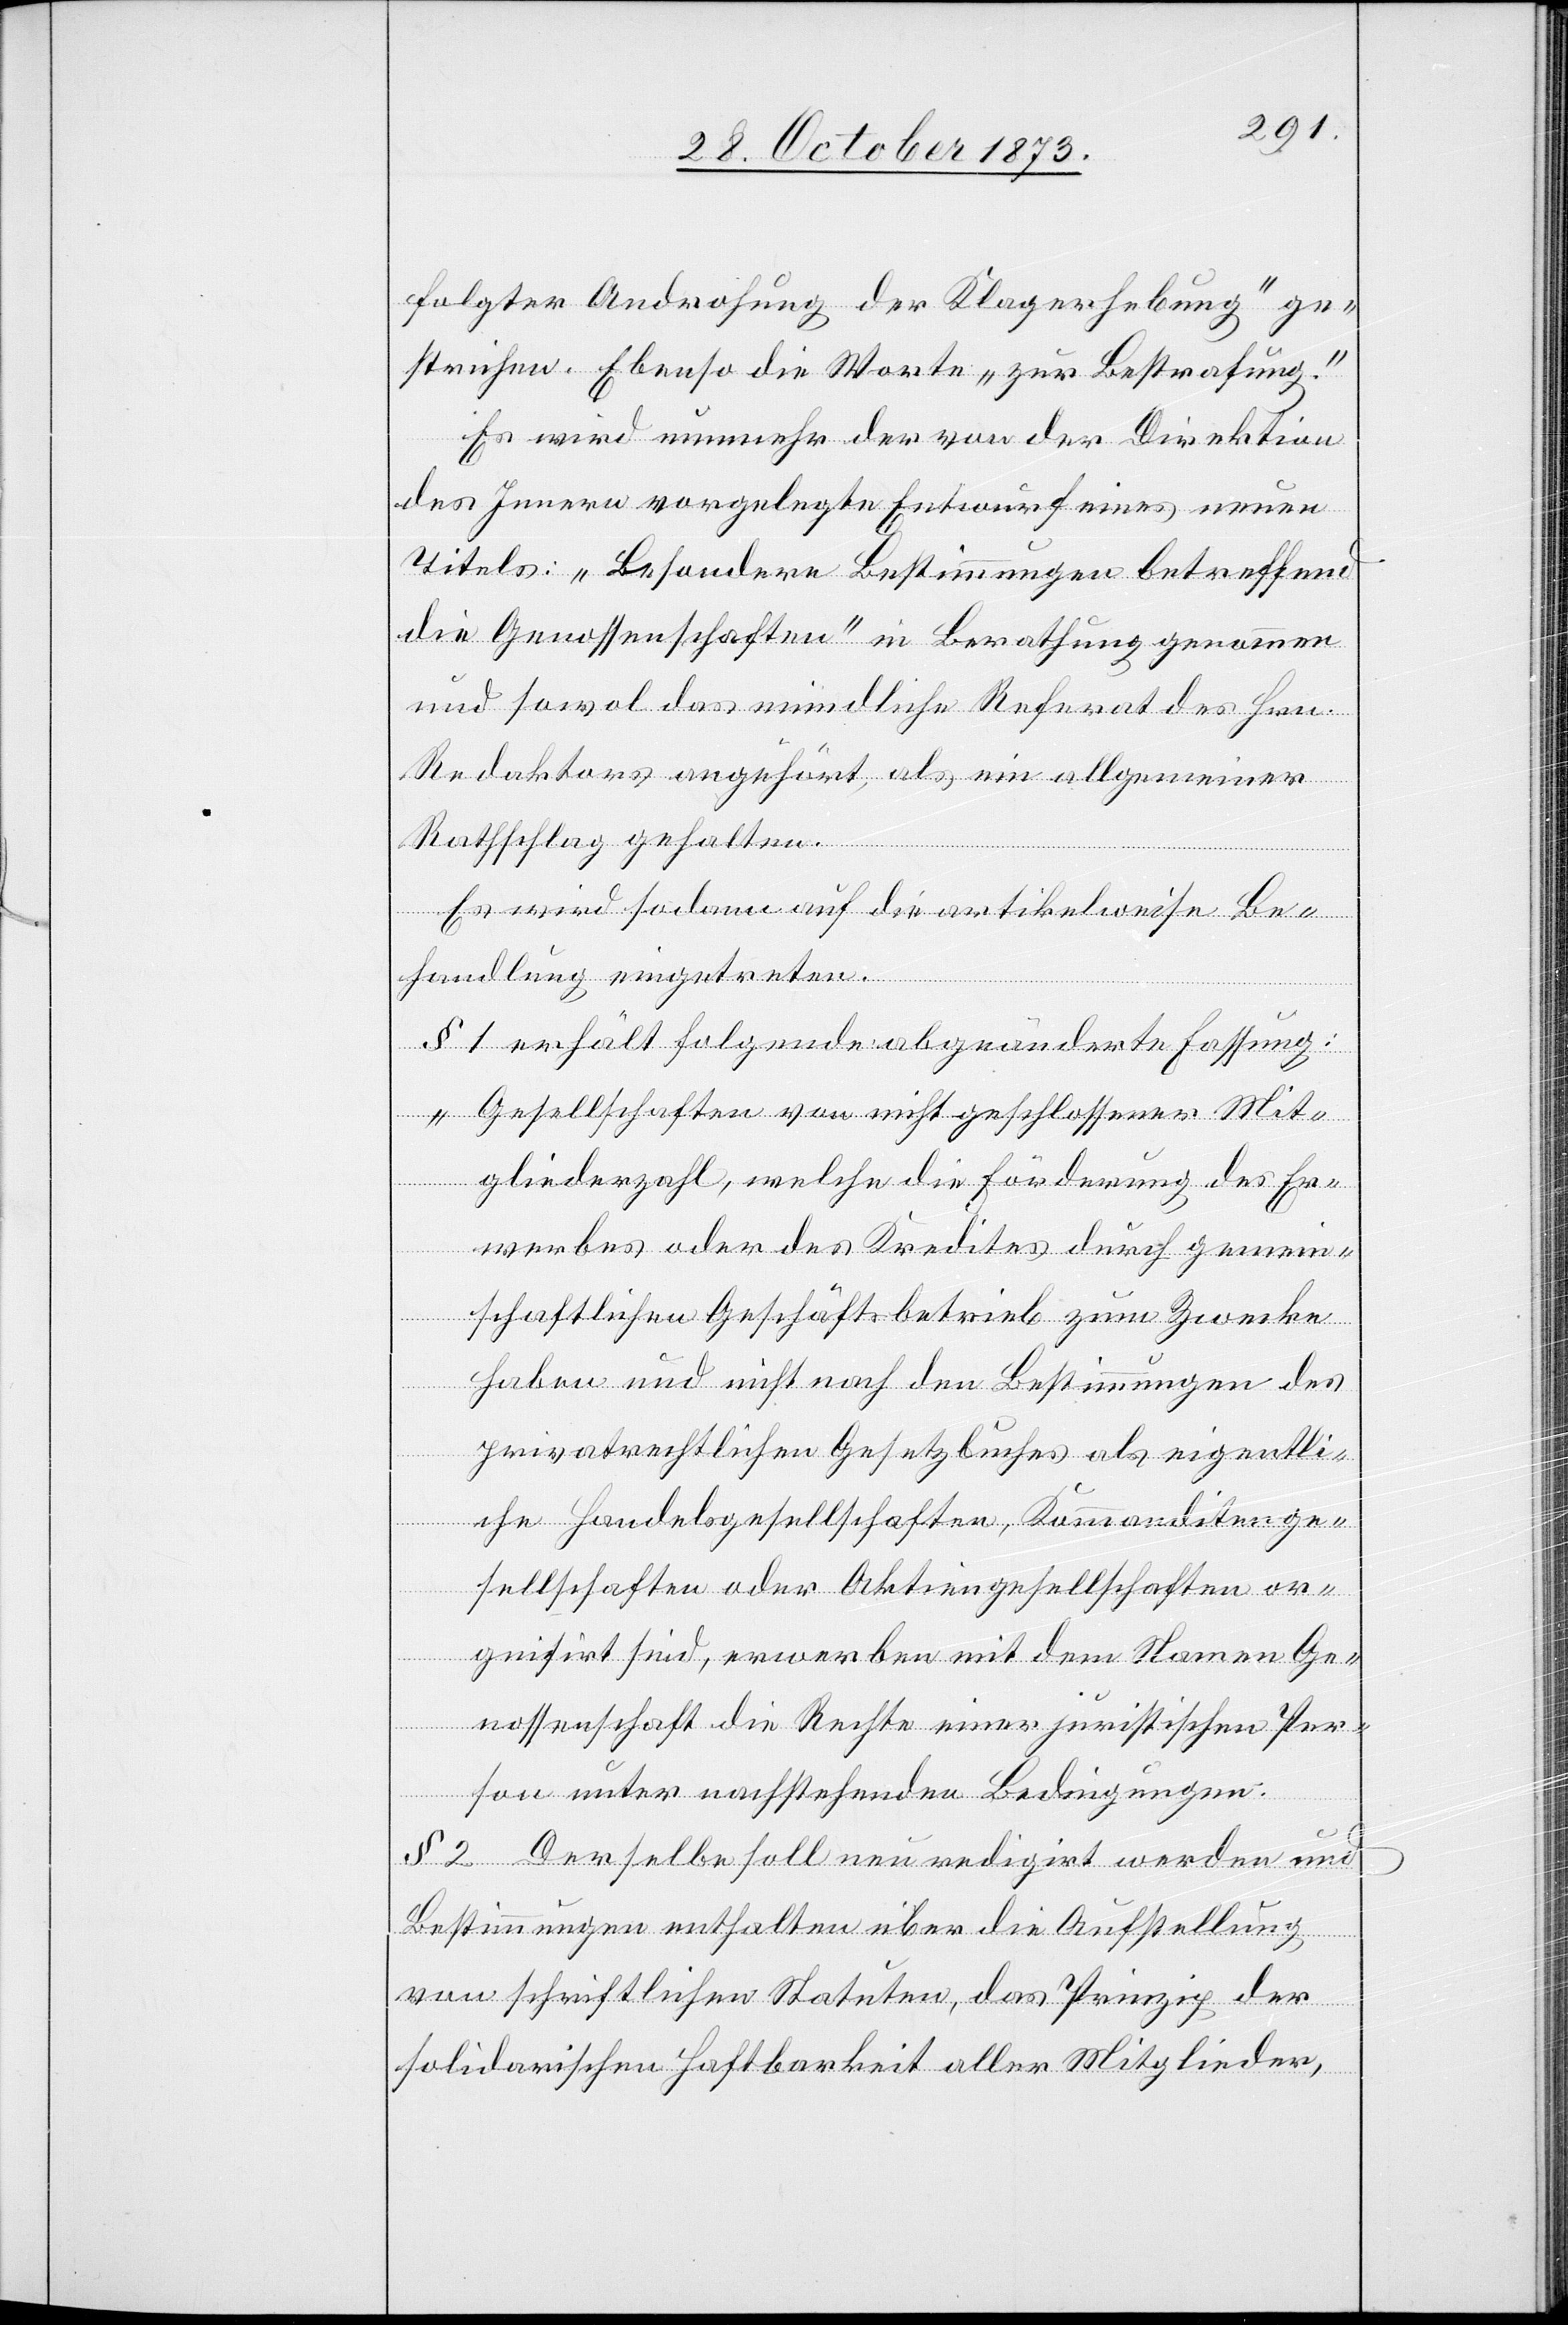
folgter Androhung der Klagerhebung“ ge¬
strichen. Ebenso die Worte „zur Bestrafung“.
Es wird nunmehr der von der Direktion
des Innern vorgelegte Entwurf eines neuen
Titels: „Besondere Bestimmungen betreffend
die Genossenschaften“ in Berathung genommen
und sowol das mündliche Referat des Hrn.
Redaktors angehört, als ein allgemeiner
Rathschlag gehalten.
Es wird sodann auf die artikelweise Be¬
handlung eingetreten.
§ 1 erhält folgende abgeänderte Fassung:
„Gesellschaften von nicht geschlossener Mit¬
gliederzahl, welche die Förderung des Er¬
werbes oder des Kredites durch gemein¬
schaftlichen Geschäftsbetrieb zum Zwecke
haben und nicht nach den Bestimmungen des
privatrechtlichen Gesetzbuches als eigentli¬
che Handelsgesellschaften, Kommanditenge¬
sellschaften oder Aktiengesellschaften or¬
g[a]nisirt sind, erwerben mit dem Namen Ge¬
nossenschaft die Rechte einer juristischen Per¬
son unter nachstehenden Bedingungen.
§ 2. Derselbe soll neu redigirt werden und
Bestimmungen enthalten über die Aufstellung
von schriftlichen Statuten, das Prinzip der
solidarischen Haftbarkeit aller Mitglieder,